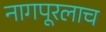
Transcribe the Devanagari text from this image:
नागपूरलाच